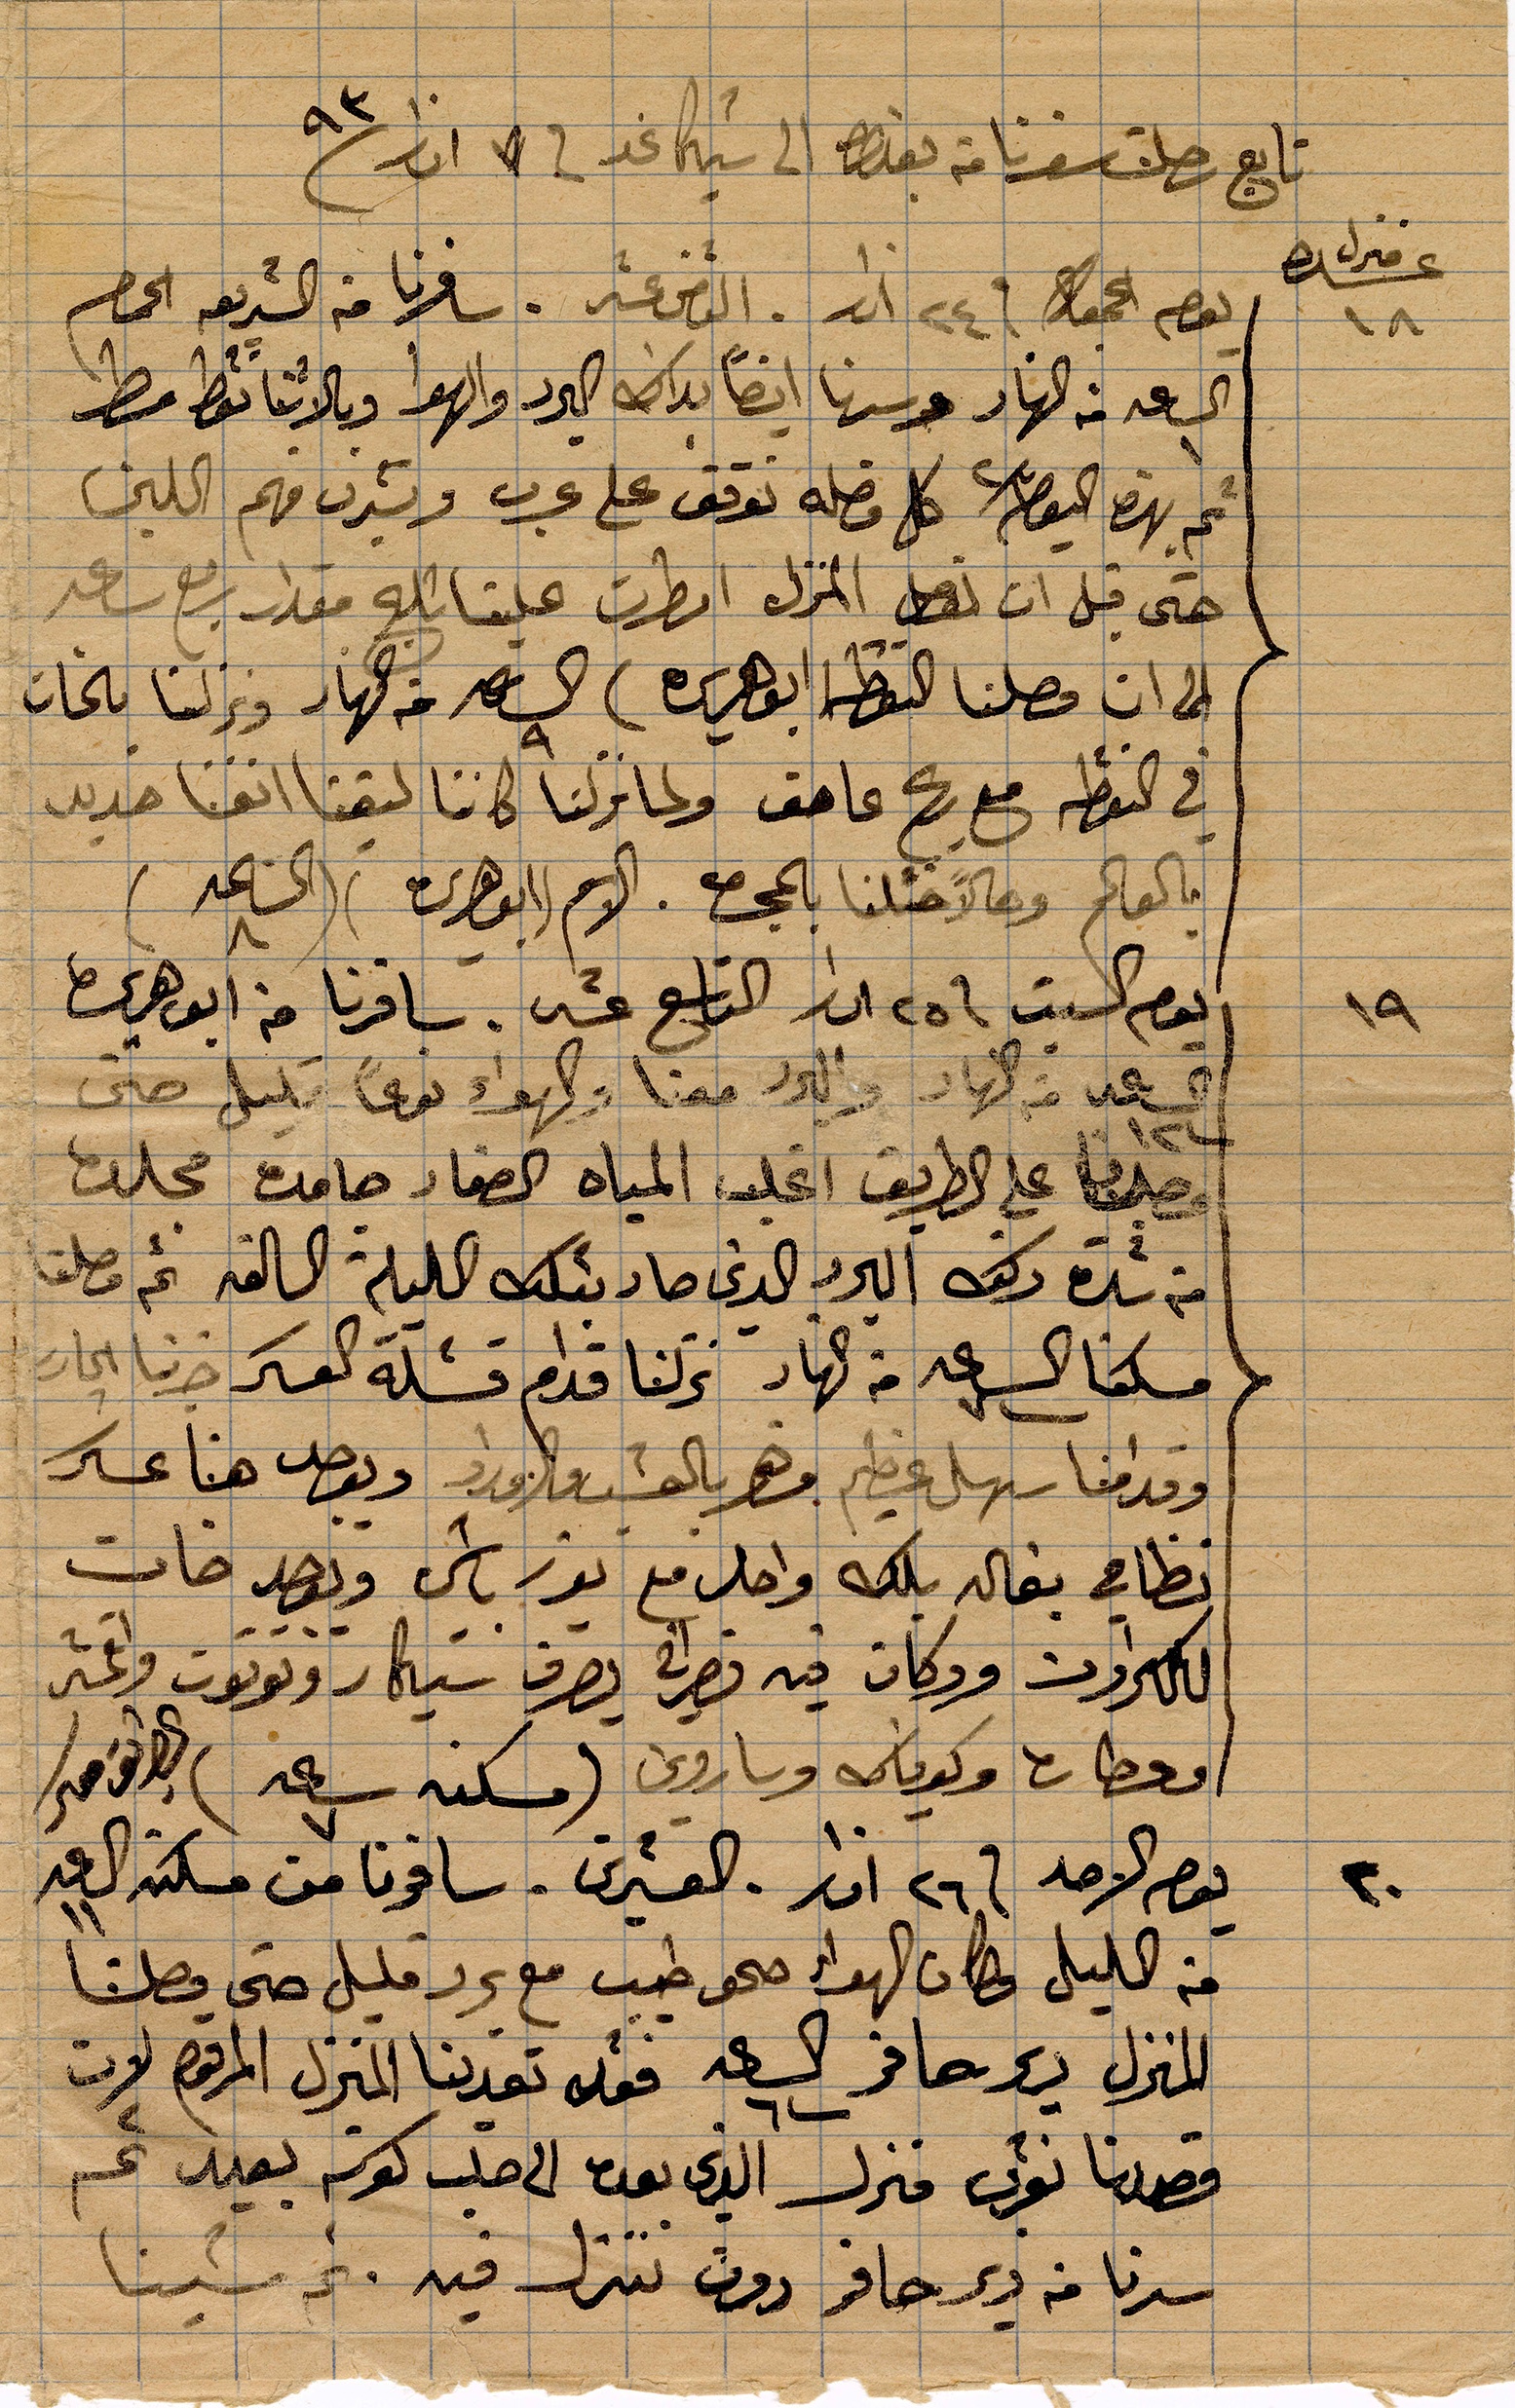
تابع رحلت سفرنا من بغداد الى شيكاغو في ٧ اذار ١٨٩٣
يوم الجمعة في ٢٤ اذار. الثامن شر. شافرنا من ال...الحمام
الساعة ١ من النهار وسرنا ايضًأ بذاك البرد الهوا و... مطر
ثم بهضه اليقظة كل فصله توقف على عرب و...فهم الحليف
حتى قبل ان نصل المنزلل امطرت علينا ثلج مقدار ربع ساعد
الى ان وصلنا نقطة أبو هريره الساعةة ٩ من النهار ونزلنا بالخان
في النقطة مع ريح عاصف ولما نزلنا كاننا التيقنا انفًا جديد
بالعالم وحالًا .... بالمجمع. الاسم ابوهريره (المساعد)
يوم السبت في ٢٥ اذار التاسع عشر. سافرنا من أبو هريره
الساعة ١٢ من النهار والبلد معنا والهواء نوعًا قليل حتى
وصلنا على الطريق ... المياه الصفاء جامدة مجلده
من شدة ... البرد الذي صار ...الليلة السابقة ثم وصلنا
مسكنا الساعة ٧ من النهار نزلنا قدام قشلة العسكر صرنا ...
وقدامنا سهل عظيم وهو بالعشب والورد ويوجد هنا عسكر
نظامي ... واحد مع ثور باشي ويوجد خان
....ودكان فيه نصراني يصرف ... واكثر
ومحطات و...ساروني (مسكنه ساعة ٧) كطريق معسكر
يوم الاحد في ٢٦ اذار_العشرين. سافرنا من مسكنه الساعة ١١
من الليل وكان الهواء صحو طيب مع برد قليل حتى وصلنا
المنزل دير صافو الساعة ٦ فقد تعدينا المنزل المرقوم لان
قصدنا .. منزل الذي بعده الى حلب كوته بعيد ثم
سرنا في دير صافو دون ننزل فيه. ثم مشينا